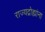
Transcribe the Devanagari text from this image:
राज्यद्रोह्यांना